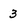
Character: 3